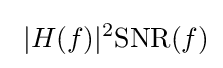
\ |H(f)|^{2}\mathrm {SNR} (f)